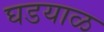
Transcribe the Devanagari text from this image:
घडयाळ